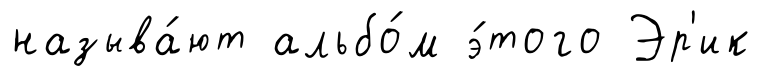
называ́ют альбо́м э́того Эр'ик